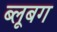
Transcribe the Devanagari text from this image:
ब्लूबग